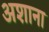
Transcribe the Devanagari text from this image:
अशाना